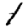
Digit: 1